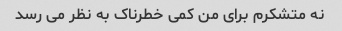
نه متشکرم برای من کمی خطرناک به نظر می رسد